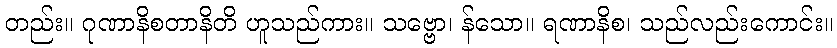
တည်း။ ဂုဏာနိစတာနိတိ ဟူသည်ကား။ သဗ္ဗော၊ န်သော။ ရဏာနိစ၊ သည်လည်းကောင်း။